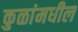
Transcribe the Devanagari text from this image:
कुळांमधील